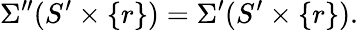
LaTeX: \Sigma^{\prime\prime}(S^{\prime}\times\{ r\} )=\Sigma^{\prime}(S^{\prime}\times\{ r\} ).